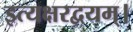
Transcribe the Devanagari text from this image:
इत्यक्षरद्वयम्।